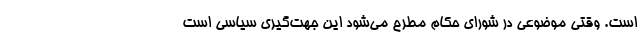
است. وقتی موضوعی در شورای حکام مطرح می‌شود این جهت‌گیری سیاسی است